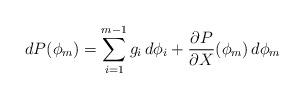
LaTeX: \begin{align*}dP(\phi _m)=\sum _{i=1}^{m-1} g_i\, d\phi _i+ \frac{\partial P}{\partial X} (\phi _m)\, d\phi _m\end{align*}